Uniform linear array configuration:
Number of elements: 8
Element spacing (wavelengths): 0.5
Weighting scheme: binomial
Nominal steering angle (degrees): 30
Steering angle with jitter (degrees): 29.406
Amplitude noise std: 0.05
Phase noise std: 0.05

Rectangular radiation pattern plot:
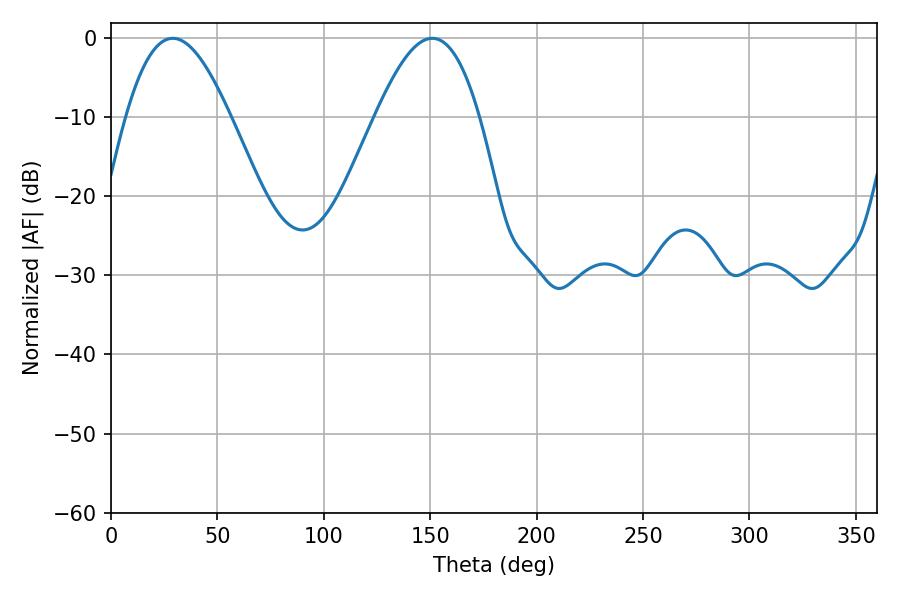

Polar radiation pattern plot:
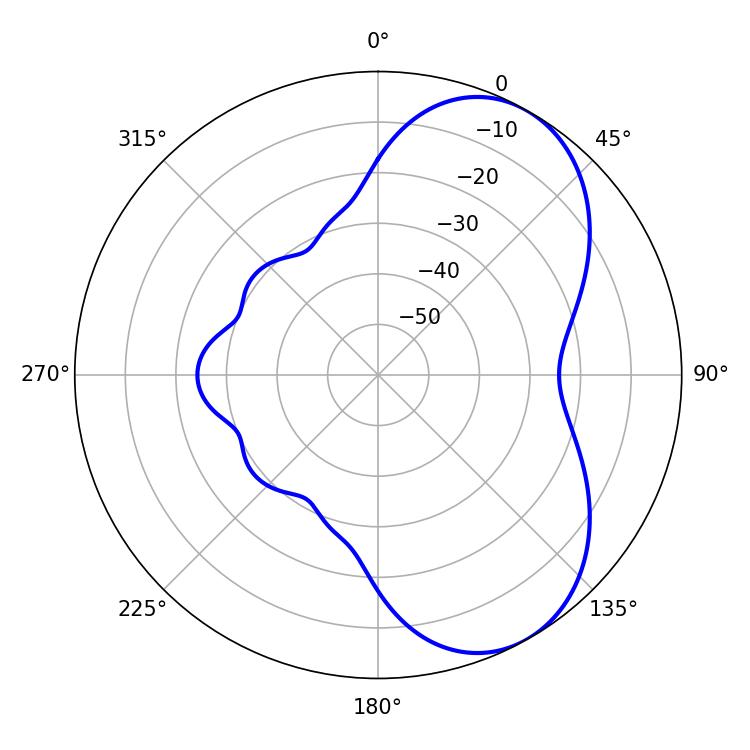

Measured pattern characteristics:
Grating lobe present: FALSE
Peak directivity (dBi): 5.992
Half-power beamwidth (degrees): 26.46
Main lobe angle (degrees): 28.98